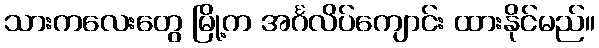
သားကလေးတွေ မြို့က အင်္ဂလိပ်ကျောင်း ထားနိုင်မည်။